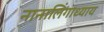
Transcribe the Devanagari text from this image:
नानालिंगाध्याय